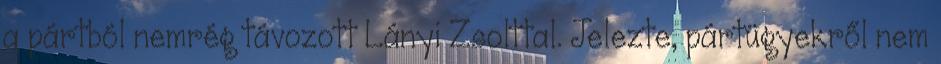
a pártból nemrég távozott Lányi Zsolttal. Jelezte, pártügyekről nem